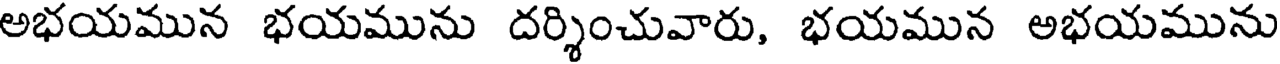
అభయమున భయమును దర్శించువారు, భయమున అభయమును